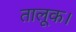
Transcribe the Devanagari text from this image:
तालूक।